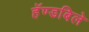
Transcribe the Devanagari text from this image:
हॅण्डबिले